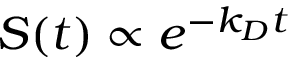
S ( t ) \propto e ^ { - k _ { D } t }